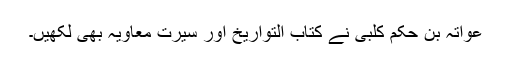
عواتہ بن حکم کلبی نے کتاب التواریخ اور سیرت معاویہ بھی لکھیں۔